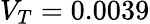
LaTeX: V_{T}=0.0039